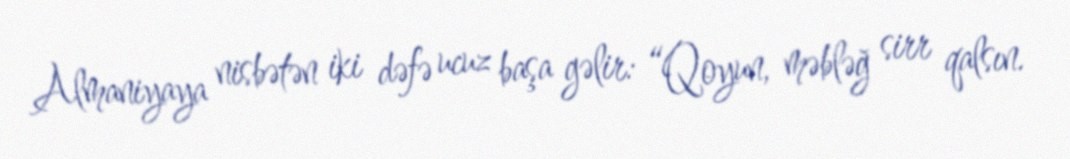
Almaniyaya nisbətən iki dəfə ucuz başa gəlir: “Qoyun, məbləğ sirr qalsın.